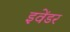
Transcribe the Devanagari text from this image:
इवेंडर